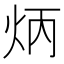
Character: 炳